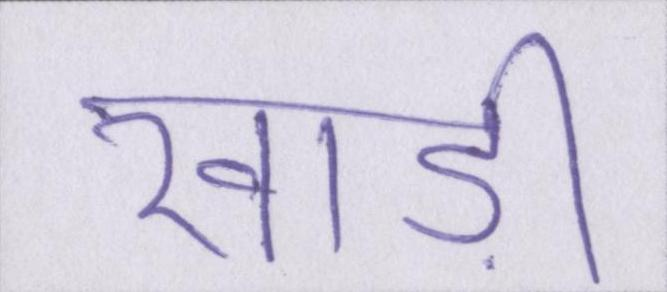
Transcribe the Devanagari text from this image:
खाड़ी